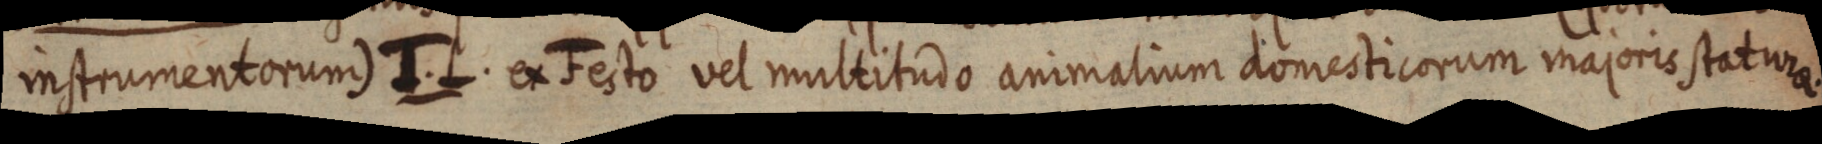
instrumentorum) J. L. ex Festo vel multitudo animalium domesticorum majoris statura.